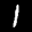
Label: 1